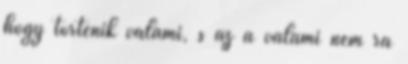
hogy történik valami, s az a valami nem rá